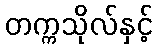
တက္ကသိုလ်နှင့်